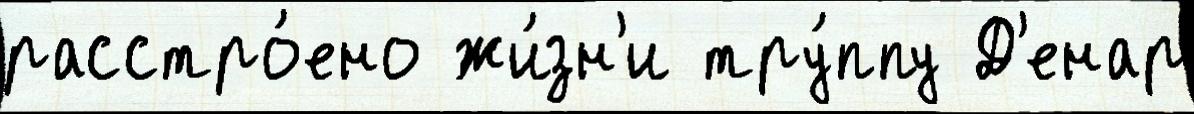
расстро́ено жи́зн'и тру́ппу Д'енар